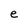
Character: e